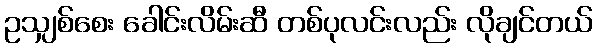
ဥသျှစ်စေး ခေါင်းလိမ်းဆီ တစ်ပုလင်းလည်း လိုချင်တယ်